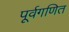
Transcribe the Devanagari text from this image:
पूर्वगणित